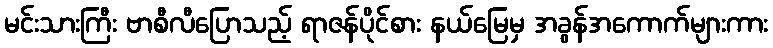
မင်းသားကြီး ဗာစီလီပြောသည့် ရာဇန်ပိုင်စား နယ်မြေမှ အခွန်အကောက်များကား